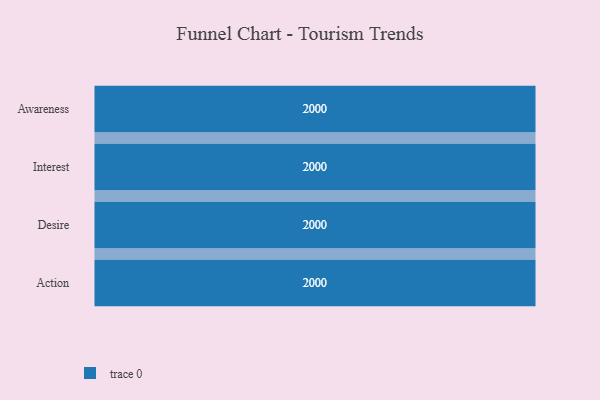
{"axis": {"x": "Stage", "y": "Value"}, "legend": [""], "data": [{"x": "Awareness", "y": 2000, "type": ""}, {"x": "Interest", "y": 2000, "type": ""}, {"x": "Desire", "y": 2000, "type": ""}, {"x": "Action", "y": 2000, "type": ""}]}